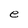
Character: e